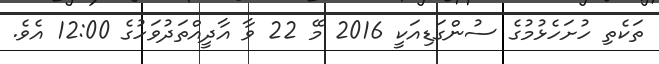
ތަކެތި ހުށަހެޅުމުގެ ސުންގަޑިއަކީ 2016 މޭ 22 ވާ އާދީއްތަދުވަހުގެ 12:00 އެވެ.